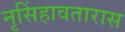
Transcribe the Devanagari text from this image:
नृसिंहावतारास